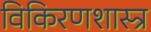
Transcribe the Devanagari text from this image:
विकिरणशास्त्र